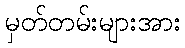
မှတ်တမ်းများအား